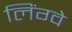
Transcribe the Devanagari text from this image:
लिंग्वे